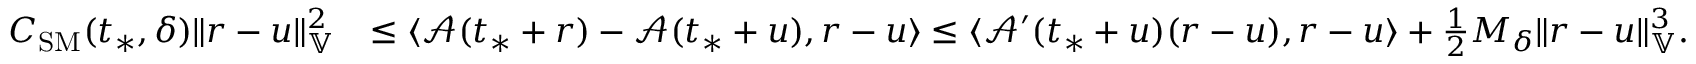
\begin{array} { r l } { C _ { \mathrm { S M } } ( t _ { * } , \delta ) \| r - u \| _ { \mathbb { V } } ^ { 2 } } & { \le \langle \mathcal { A } ( t _ { * } + r ) - \mathcal { A } ( t _ { * } + u ) , r - u \rangle \le \langle \mathcal { A } ^ { \prime } ( t _ { * } + u ) ( r - u ) , r - u \rangle + \frac { 1 } { 2 } M _ { \delta } \| r - u \| _ { \mathbb { V } } ^ { 3 } . } \end{array}